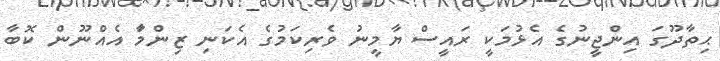
ޙިތާދޫގަ އިންޖީނުގެ އެޅުމަކީ ރައީސް ޔާމީނު ވެރިކަމުގެ އެކަނި ޒިންމާަ އެއްނޫން ކޮބާ